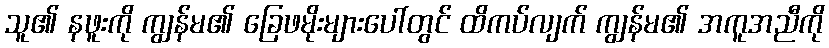
သူ၏ နဖူးကို ကျွန်မ၏ ခြေဖမိုးများပေါ်တွင် ထိကပ်လျက် ကျွန်မ၏ အကူအညီကို